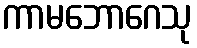
ကာမဘောဂေသု